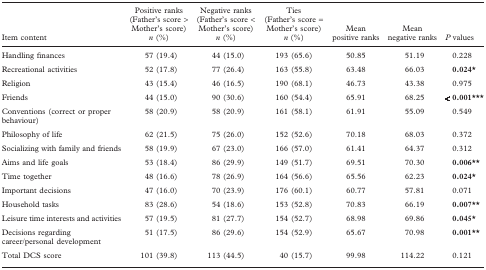
<table><thead><tr><td><b>Item content</b></td><td><b>Positive ranks (Father&#x27;s score &gt;Mother&#x27;s score) <i>n</i> (%)</b></td><td><b>Negative ranks (Father&#x27;s score &lt;Mother&#x27;s score) <i>n</i> (%)</b></td><td><b>Ties (Father&#x27;s score = Mother&#x27;s score) <i>n</i> (%)</b></td><td><b>Mean positive ranks</b></td><td><b>Mean negative ranks</b></td><td><b><i>P</i> values</b></td></tr></thead><tbody><tr><td>Handling finances</td><td>57 (19.4)</td><td>44 (15.0)</td><td>193 (65.6)</td><td>50.85</td><td>51.19</td><td>0.228</td></tr><tr><td>Recreational activities</td><td>52 (17.8)</td><td>77 (26.4)</td><td>163 (55.8)</td><td>63.48</td><td>66.03</td><td><b>0.024*</b></td></tr><tr><td>Religion</td><td>43 (15.4)</td><td>46 (16.5)</td><td>190 (68.1)</td><td>46.73</td><td>43.38</td><td>0.975</td></tr><tr><td>Friends</td><td>44 (15.0)</td><td>90 (30.6)</td><td>160 (54.4)</td><td>65.91</td><td>68.25</td><td><b>&lt; 0.001***</b></td></tr><tr><td>Conventions (correct or proper behaviour)</td><td>58 (20.9)</td><td>58 (20.9)</td><td>161 (58.1)</td><td>61.91</td><td>55.09</td><td>0.549</td></tr><tr><td>Philosophy of life</td><td>62 (21.5)</td><td>75 (26.0)</td><td>152 (52.6)</td><td>70.18</td><td>68.03</td><td>0.372</td></tr><tr><td>Socializing with family and friends</td><td>58 (19.9)</td><td>67 (23.0)</td><td>166 (57.0)</td><td>61.41</td><td>64.37</td><td>0.312</td></tr><tr><td>Aims and life goals</td><td>53 (18.4)</td><td>86 (29.9)</td><td>149 (51.7)</td><td>69.51</td><td>70.30</td><td><b>0.006**</b></td></tr><tr><td>Time together</td><td>48 (16.6)</td><td>78 (26.9)</td><td>164 (56.6)</td><td>65.56</td><td>62.23</td><td><b>0.024*</b></td></tr><tr><td>Important decisions</td><td>47 (16.0)</td><td>70 (23.9)</td><td>176 (60.1)</td><td>60.77</td><td>57.81</td><td>0.071</td></tr><tr><td>Household tasks</td><td>83 (28.6)</td><td>54 (18.6)</td><td>153 (52.8)</td><td>70.83</td><td>66.19</td><td><b>0.007**</b></td></tr><tr><td>Leisure time interests and activities</td><td>57 (19.5)</td><td>81 (27.7)</td><td>154 (52.7)</td><td>68.98</td><td>69.86</td><td><b>0.045*</b></td></tr><tr><td>Decisions regarding career/personal development</td><td>51 (17.5)</td><td>86 (29.6)</td><td>154 (52.9)</td><td>65.67</td><td>70.98</td><td><b>0.001**</b></td></tr><tr><td>Total DCS score</td><td>101 (39.8)</td><td>113 (44.5)</td><td>40 (15.7)</td><td>99.98</td><td>114.22</td><td>0.121</td></tr></tbody></table>